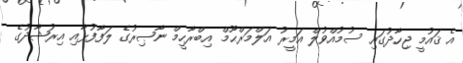
އެ ޤައުމީ ޖިހާދުގައި ސުމުއްވުލް އަމީރު އަލްމަރްޙޫމް އިބްރާހީމް ނާޞިރުގެ ލަފާފުޅާއި އިރުޝާދުގެ